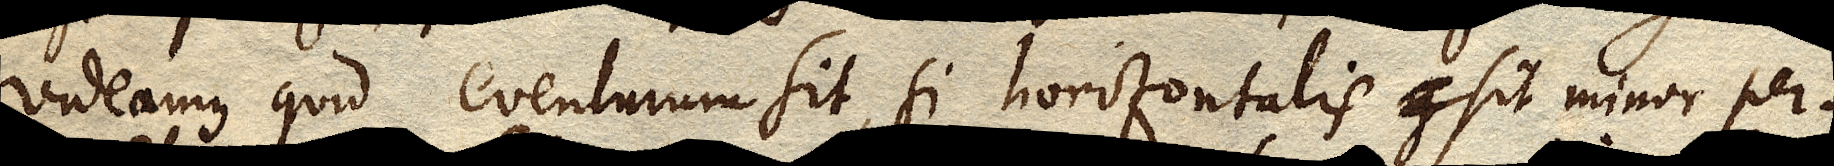
videamus quid eventurum sit, si horizontalis g sit minor per–